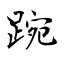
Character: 踠